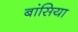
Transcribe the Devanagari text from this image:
बांसिया